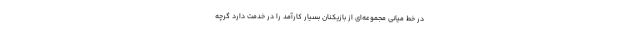
در خط میانی مجموعه‌ای از بازیکنان بسیار کارآمد را در خدمت دارد گرچه